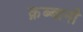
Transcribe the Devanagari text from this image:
क़ब्बानी